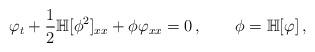
LaTeX: \begin{align*}\varphi_{t}+\frac12\mathbb H[\phi^2]_{xx}+\phi\varphi_{xx}=0\,,\qquad\phi=\mathbb H[\varphi]\,,\end{align*}